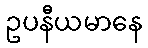
ဥပနီယမာနေ